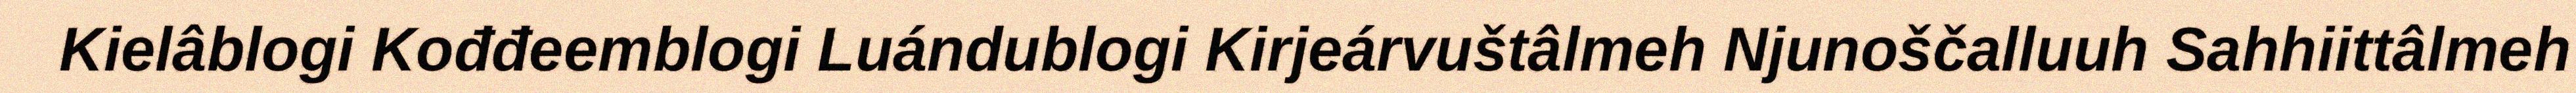
Kielâblogi Kođđeemblogi Luándublogi Kirjeárvuštâlmeh Njunoščalluuh Sahhiittâlmeh